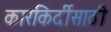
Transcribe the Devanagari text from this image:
कारकिर्दीसाठी